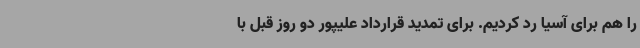
را هم برای آسیا رد کردیم. برای تمدید قرارداد علیپور دو روز قبل با